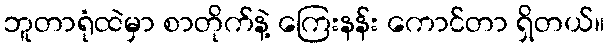
ဘူတာရုံထဲမှာ စာတိုက်နဲ့ ကြေးနန်း ကောင်တာ ရှိတယ်။